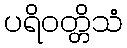
ပရိဝတ္တိသံ